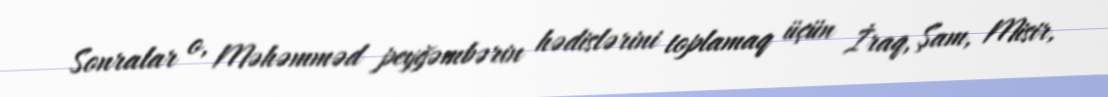
Sonralar o, Məhəmməd peyğəmbərin hədislərini toplamaq üçün İraq, Şam, Misir,